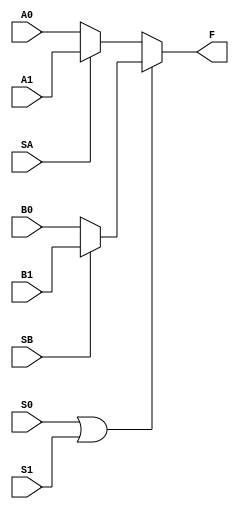

module C1#(parameter n= 1) (input [n-1:0] A0, A1 ,B0,B1, input SA,SB, S0,S1 , output F);

    wire [n-1:0] F1Out, F2Out;
    wire S2;

    assign F1Out = (SA==1'b0) ? A0 : A1;
    assign F2Out = (SB==1'b0) ? B0 : B1;

    assign S2 = S0 || S1;

    assign F = (S2==0) ? F1Out : F2Out;

endmodule